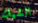
الشيك